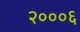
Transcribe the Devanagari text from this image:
२०००६